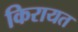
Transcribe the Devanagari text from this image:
किरायत